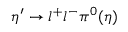
\eta ^ { \prime } \rightarrow l ^ { + } l ^ { - } \pi ^ { 0 } ( \eta )